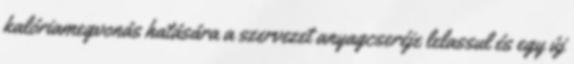
kalóriamegvonás hatására a szervezet anyagcseréje lelassul és egy új